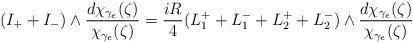
LaTeX: \begin{align*} (I_{+} + I_{-}) \wedge \frac{d \chi_{\gamma_e}(\zeta)}{\chi_{\gamma_e}(\zeta)} = \frac{iR}{4}(L^{+}_1 + L^{-}_1 + L^{+}_2 + L^{-}_2) \wedge \frac{d \chi_{\gamma_e}(\zeta)}{\chi_{\gamma_e}(\zeta)} \end{align*}